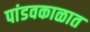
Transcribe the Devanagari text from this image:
पांडवकाळात